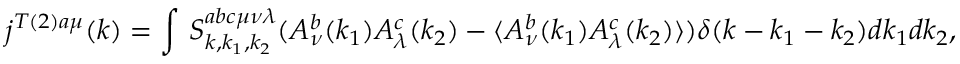
j ^ { T ( 2 ) a \mu } ( k ) = \int \, S _ { k , k _ { 1 } , k _ { 2 } } ^ { a b c \mu \nu \lambda } ( A _ { \nu } ^ { b } ( k _ { 1 } ) A _ { \lambda } ^ { c } ( k _ { 2 } ) - \langle A _ { \nu } ^ { b } ( k _ { 1 } ) A _ { \lambda } ^ { c } ( k _ { 2 } ) \rangle ) \delta ( k - k _ { 1 } - k _ { 2 } ) d k _ { 1 } d k _ { 2 } ,